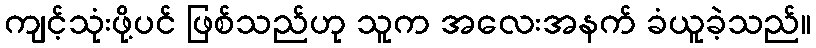
ကျင့်သုံးဖို့ပင် ဖြစ်သည်ဟု သူက အလေးအနက် ခံယူခဲ့သည်။